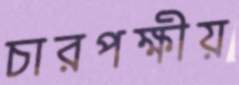
চারপক্ষীয়